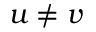
u \neq v